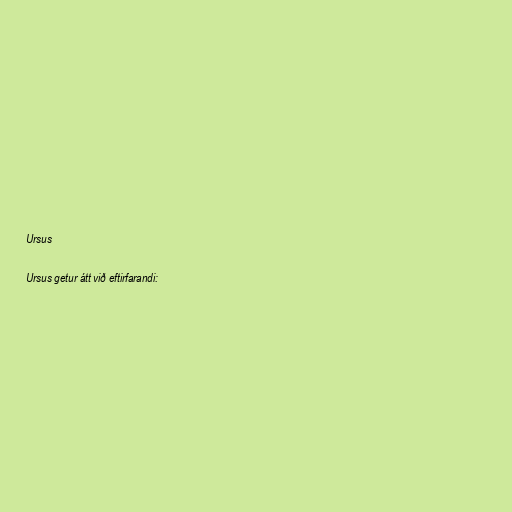
Ursus

Ursus getur átt við eftirfarandi: